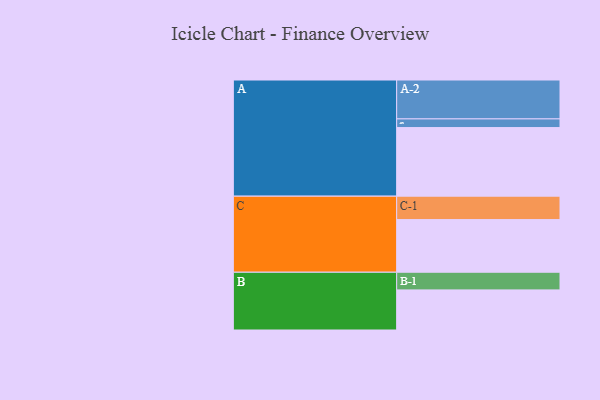
{"axis": {"x": "Segment", "y": "Value"}, "legend": ["", "A", "B", "C"], "data": [{"x": "A", "y": 513, "type": ""}, {"x": "B", "y": 300, "type": ""}, {"x": "C", "y": 394, "type": ""}, {"x": "A-1", "y": 65, "type": "A"}, {"x": "A-2", "y": 291, "type": "A"}, {"x": "B-1", "y": 132, "type": "B"}, {"x": "C-1", "y": 175, "type": "C"}]}